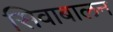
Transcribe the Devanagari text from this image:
सिवाबालन